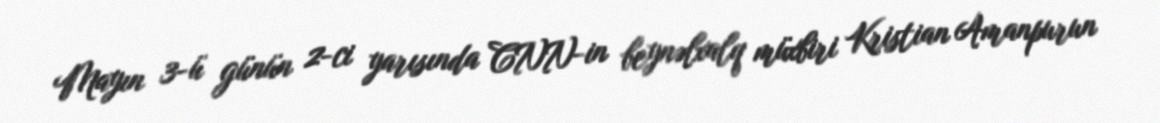
Mayın 3-ü günün 2-ci yarısında CNN-in beynəlxalq müxbiri Kristian Amanpurun